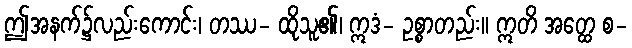
ဤအနက်၌လည်းကောင်း၊ တဿ- ထိုသူ၏၊ ဣဒံ- ဥစ္စာတည်း။ ဣတိ အတ္ထေ စ-